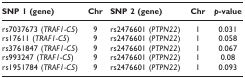
| SNP 1 (gene) | Chr | SNP 2 (gene) | Chr | p-value |
 | --- | --- | --- | --- | --- |
 | rs7037673 (TRAF1-C5) | 9 | rs2476601 (PTPN22) | 1 | 0.031 |
 | rs17611 (TRAF1-C5) | 9 | rs2476601 (PTPN22) | 1 | 0.058 |
 | rs3761847 (TRAF1-C5) | 9 | rs2476601 (PTPN22) | 1 | 0.067 |
 | rs993247 (TRAF1-C5) | 9 | rs2476601 (PTPN22) | 1 | 0.08 |
 | rs1951784 (TRAF1-C5) | 9 | rs2476601 (PTPN22) | 1 | 0.093 |